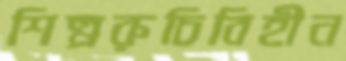
শিল্পরুচিবিহীন